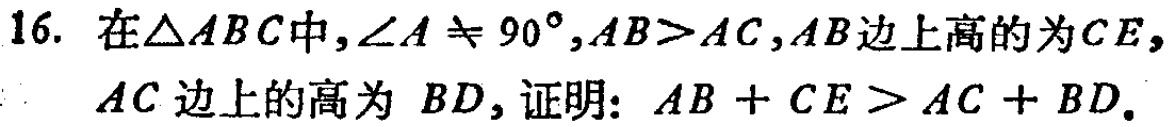
16. 在\(\triangle ABC\)中，\(\angle A\neq 90^{\circ}\)，\(AB > AC\)，\(AB\)边上高的为\(CE\)，\(AC\)边上的高为 \(BD\)，证明：\(AB + CE>AC + BD\)。